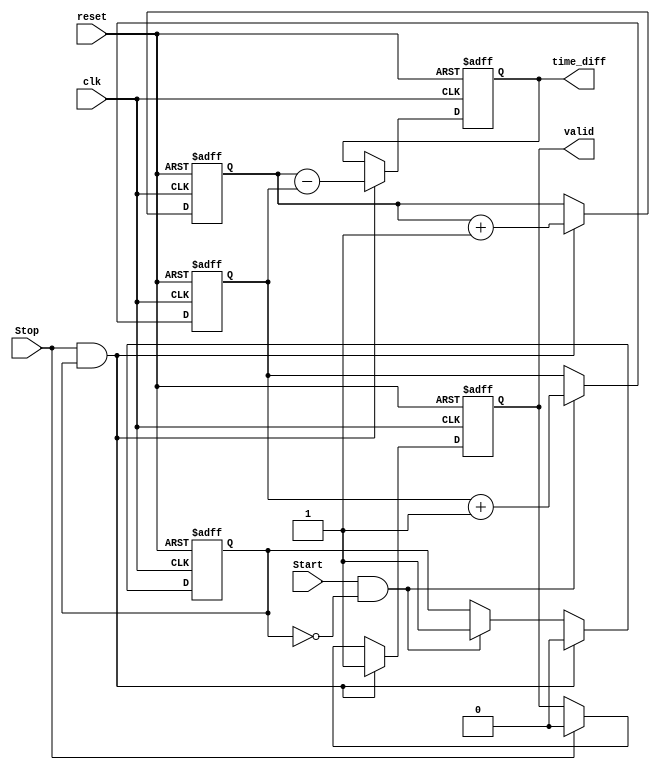
module TDC (
    input wire clk,          // Clock signal
    input wire reset,        // Reset signal
    input wire Start,        // Start signal
    input wire Stop,         // Stop signal
    output reg [31:0] time_diff, // Output time difference
    output reg valid         // Output valid signal
);

    reg [31:0] start_time;   // Register to store start timestamp
    reg [31:0] stop_time;    // Register to store stop timestamp
    reg start_detected;       // Flag to indicate start event detected

    // Clock process to sample input signals
    always @(posedge clk or posedge reset) begin
        if (reset) begin
            start_time <= 32'b0;
            stop_time <= 32'b0;
            time_diff <= 32'b0;
            valid <= 1'b0;
            start_detected <= 1'b0;
        end else begin
            // Detect rising edge of Start signal
            if (Start && !start_detected) begin
                start_time <= start_time + 1; // Increment timestamp
                start_detected <= 1'b1;         // Set flag
            end
            
            // Detect rising edge of Stop signal
            if (Stop && start_detected) begin
                stop_time <= stop_time + 1; // Increment timestamp
                time_diff <= stop_time - start_time; // Calculate time difference
                valid <= 1'b1; // Set valid signal
                start_detected <= 1'b0; // Reset flag for next measurement
            end else if (Stop) begin
                // If Stop is detected without Start, do nothing
                valid <= 1'b0; // Reset valid signal
            end
        end
    end

endmodule